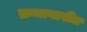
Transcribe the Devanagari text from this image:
क्रमावारीत